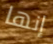
إنها